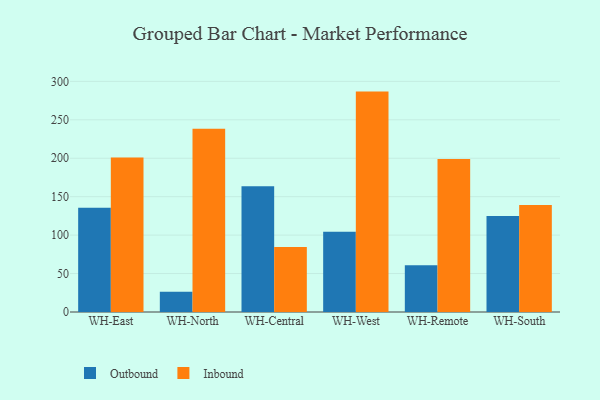
{"axis": {"x": "Warehouse", "y": "Satisfaction Score"}, "legend": ["Inbound", "Outbound"], "data": [{"x": "WH-East", "y": 135.6, "type": "Outbound"}, {"x": "WH-East", "y": 201.0, "type": "Inbound"}, {"x": "WH-North", "y": 26.2, "type": "Outbound"}, {"x": "WH-North", "y": 238.3, "type": "Inbound"}, {"x": "WH-Central", "y": 163.6, "type": "Outbound"}, {"x": "WH-Central", "y": 84.4, "type": "Inbound"}, {"x": "WH-West", "y": 104.4, "type": "Outbound"}, {"x": "WH-West", "y": 286.7, "type": "Inbound"}, {"x": "WH-Remote", "y": 60.7, "type": "Outbound"}, {"x": "WH-Remote", "y": 198.9, "type": "Inbound"}, {"x": "WH-South", "y": 124.9, "type": "Outbound"}, {"x": "WH-South", "y": 139.2, "type": "Inbound"}]}